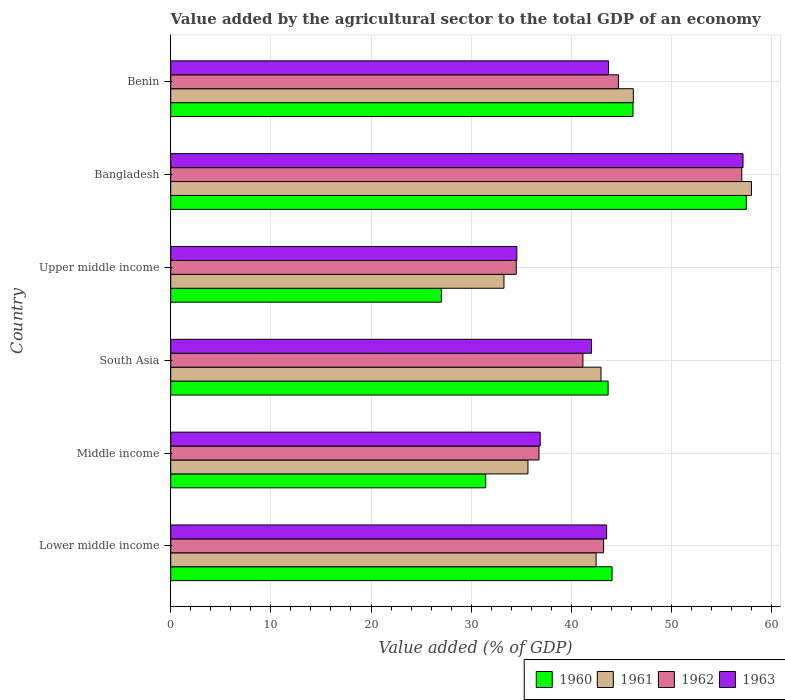
| Country | 1960 | 1961 | 1962 | 1963 |
 | --- | --- | --- | --- | --- |
 | Lower middle income | 44.1 | 42.5 | 43.2 | 43.5 |
 | Middle income | 31.5 | 35.7 | 36.8 | 36.9 |
 | South Asia | 43.7 | 43 | 41.2 | 42 |
 | Upper middle income | 27 | 33.3 | 34.5 | 34.6 |
 | Bangladesh | 57.5 | 58 | 57 | 57.1 |
 | Benin | 46.2 | 46.2 | 44.7 | 43.7 |